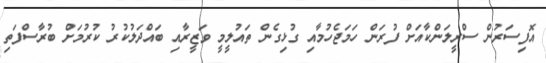
އޮފިސަރުން ސްރީލަންކާއަށް ފުރަން ހަމަޖެހުމާއި ގުޅިގެން ތައުލީމީ ވަޒީރާއި ބައްދަލުކުރު ކުރުމަށް ބުރާސްފަތި